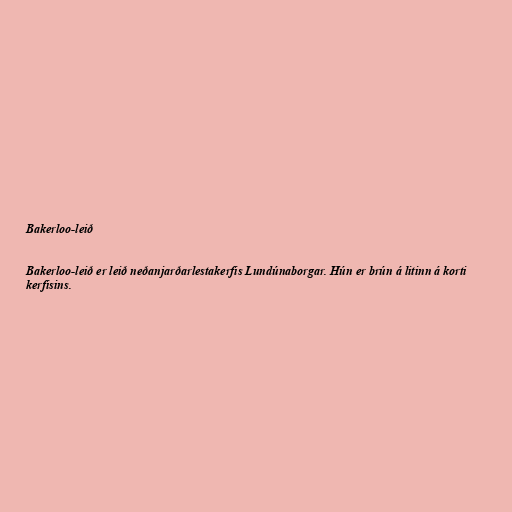
Bakerloo-leið

Bakerloo-leið er leið neðanjarðarlestakerfis Lundúnaborgar. Hún er brún á litinn á korti
kerfisins.